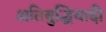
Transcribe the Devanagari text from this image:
अतिबुद्धिवादी